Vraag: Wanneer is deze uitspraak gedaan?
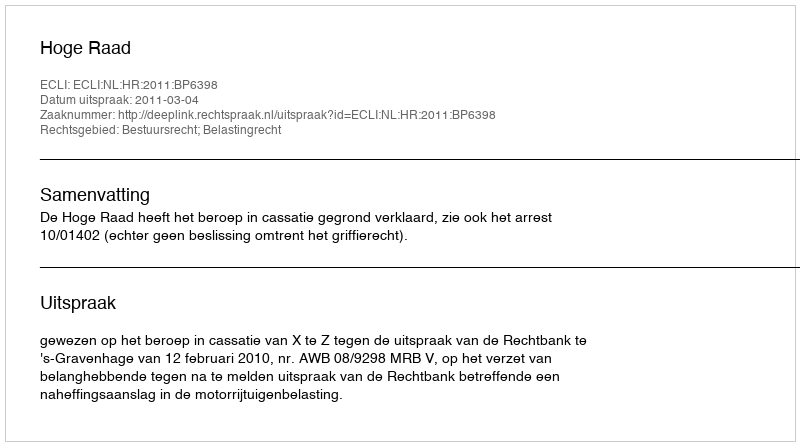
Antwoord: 2011-03-04